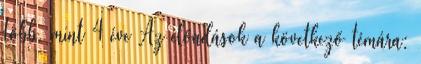
több, mint 4 éve Az előadások a következő témára: